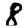
Digit: 8